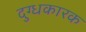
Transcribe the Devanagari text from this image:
दुग्धकारक